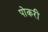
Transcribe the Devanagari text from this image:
पोकरी